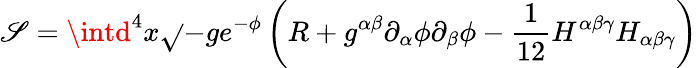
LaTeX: \mathscr{S}=\intd^{4}x\sqrt{}{{-g}}e^{-\phi}\left(R+g^{\alpha\beta}\partial_{\alpha}\phi\partial_{\beta}\phi-\frac{1}{{12}}H^{\alpha\beta\gamma}H_{\alpha\beta\gamma}\right)